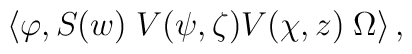
\left\langle\varphi, S(w) \;V(\psi,\zeta)V(\chi,z)\;\Omega\right\rangle,